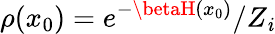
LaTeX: \rho(x_{0})=e^{-\betaH(x_{0})}/Z_{\mathit{i}}